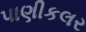
પાણીકલર